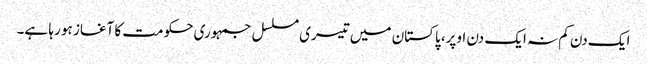
ایک دن کم نہ ایک دن اوپر، پاکستان میں تیسری مسلسل جمہوری حکومت کا آغاز ہو رہا ہے۔